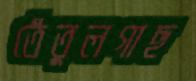
তেঁতুলগাছ